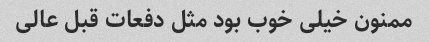
ممنون خیلی خوب بود مثل دفعات قبل عالی